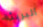
البريئة